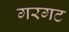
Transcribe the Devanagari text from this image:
गरगट